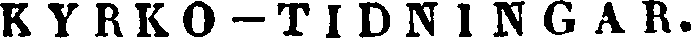
KYRKO-TIDNINGAR.